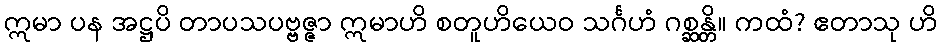
ဣမာ ပန အဋ္ဌပိ တာပသပဗ္ဗဇ္ဇာ ဣမာဟိ စတူဟိယေဝ သင်္ဂဟံ ဂစ္ဆန္တိ။ ကထံ? ဧတာသု ဟိ